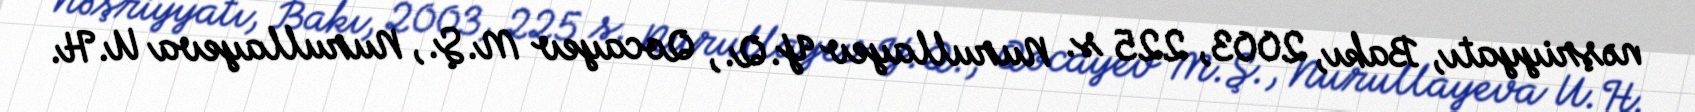
nəşriyyatı, Bakı, 2003, 225 s. Nurullayev Y.Q., Qocayev M.Ş., Nurullayeva U.H.